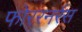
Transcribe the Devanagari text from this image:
फोररनर्रस